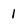
Character: 1